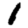
Digit: 1